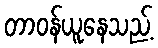
တာဝန်ယူနေသည့်